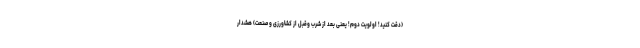
(دقت کنید! اولویت دوم! یعنی بعد از شرب وقبل از کشاورزی و صنعت) هشدار